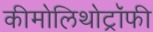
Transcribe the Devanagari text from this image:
कीमोलिथोट्रॉफी